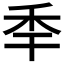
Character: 𥝝